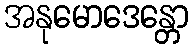
အနုမောဒေန္တော